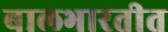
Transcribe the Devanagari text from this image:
बालभारतीत